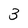
Character: 3